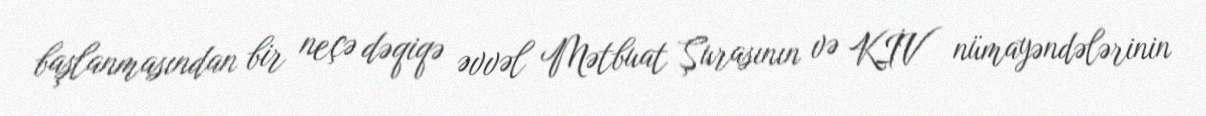
başlanmasından bir neçə dəqiqə əvvəl Mətbuat Şurasının və KİV nümayəndələrinin